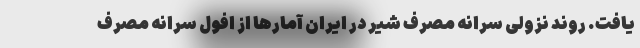
یافت. روند نزولی سرانه مصرف شیر در ایران آمارها از افول سرانه مصرف